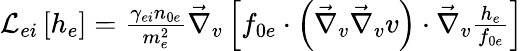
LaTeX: \begin{array}{r}{\mathcal{L}_{ei}\left[h_{e}\right]=\frac{\gamma_{ei}n_{0e}}{m_{e}^{2}}\vec{\nabla}_{v}\left[f_{0e}\cdot\left(\vec{\nabla}_{v}\vec{\nabla}_{v}v\right)\cdot\vec{\nabla}_{v}\frac{h_{e}}{f_{0e}}\right]}\end{array}